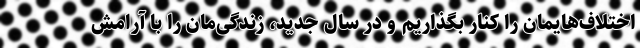
اختلاف‌هایمان را کنار بگذاریم و در سال جدید، زندگی‌مان را با آرامش